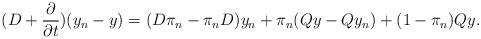
LaTeX: \begin{align*} (D + \frac{\partial}{\partial t} ) (y_n - y) = ( D \pi_n - \pi_n D ) y_n + \pi_n (Q y - Q y_n ) + (1 - \pi_n ) Q y . \end{align*}